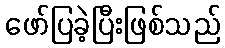
ဖော်ပြခဲ့ပြီးဖြစ်သည်